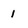
Character: 1